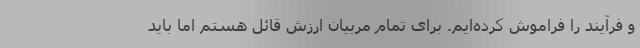
و فرآیند را فراموش کرده‌ایم. برای تمام مربیان ارزش قائل هستم اما باید